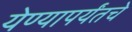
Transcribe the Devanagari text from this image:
येण्यापर्यंतचे